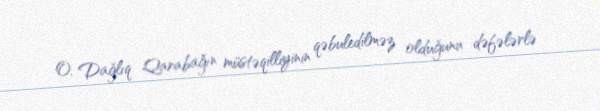
O, Dağlıq Qarabağın müstəqilliyinin qəbuledilməz olduğunu dəfələrlə